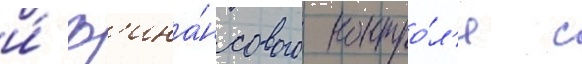
и́ ф'ина́нсового контро́л'я с